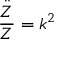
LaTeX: { \frac { \ddot { Z } } { Z } } = k ^ { 2 }